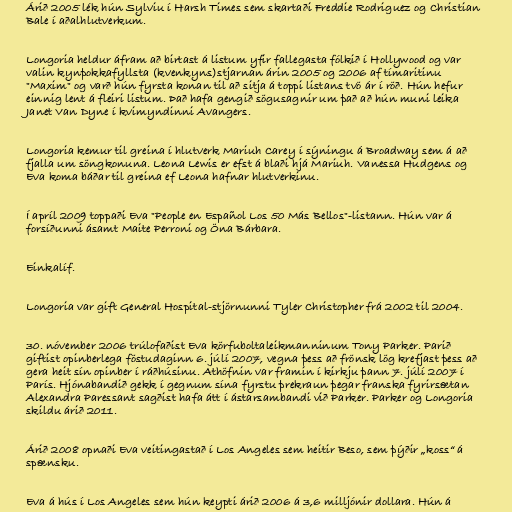
Árið 2005 lék hún Sylviu í Harsh Times sem skartaði Freddie Rodriguez og Christian
Bale í aðalhlutverkum.

Longoria heldur áfram að birtast á listum yfir fallegasta fólkið í Hollywood og var
valin kynþokkafyllsta (kvenkyns)stjarnan árin 2005 og 2006 af tímaritinu
"Maxim" og varð hún fyrsta konan til að sitja á toppi listans tvö ár í röð. Hún hefur
einnig lent á fleiri listum. Það hafa gengið sögusagnir um það að hún muni leika
Janet Van Dyne í kvimyndinni Avangers.

Longoria kemur til greina í hlutverk Mariuh Carey í sýningu á Broadway sem á að
fjalla um söngkonuna. Leona Lewis er efst á blaði hjá Mariuh. Vanessa Hudgens og
Eva koma báðar til greina ef Leona hafnar hlutverkinu.

Í apríl 2009 toppaði Eva "People en Español Los 50 Más Bellos"-listann. Hún var á
forsíðunni ásamt Maite Perroni og Öna Bárbara.

Einkalíf.

Longoria var gift General Hospital-stjörnunni Tyler Christopher frá 2002 til 2004.

30. nóvember 2006 trúlofaðist Eva körfuboltaleikmanninum Tony Parker. Parið
giftist opinberlega föstudaginn 6. júlí 2007, vegna þess að frönsk lög krefjast þess að
gera heit sín opinber í ráðhúsinu. Athöfnin var framin í kirkju þann 7. júlí 2007 í
París. Hjónabandið gekk í gegnum sína fyrstu þrekraun þegar franska fyrirsætan
Alexandra Paressant sagðist hafa átt í ástarsambandi við Parker. Parker og Longoria
skildu árið 2011.

Árið 2008 opnaði Eva veitingastað í Los Angeles sem heitir Beso, sem þýðir „koss“ á
spænsku.

Eva á hús í Los Angeles sem hún keypti árið 2006 á 3,6 milljónir dollara. Hún á